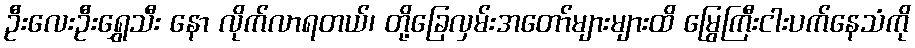
ဦးလေးဦးရွှေသီး နော လိုက်လာရတယ်၊ တို့ခြေလှမ်းအတော်များများထိ မြွေကြီးငါးပက်နေသံကို